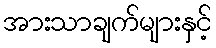
အားသာချက်များနှင့်